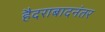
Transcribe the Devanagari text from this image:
हैदराबादनंतर